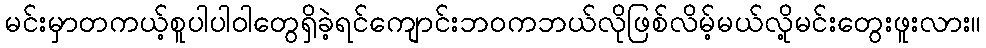
မင်းမှာတကယ့်စူပါပါဝါတွေရှိခဲ့ရင်ကျောင်းဘဝကဘယ်လိုဖြစ်လိမ့်မယ်လို့မင်းတွေးဖူးလား။